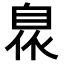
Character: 𮍙